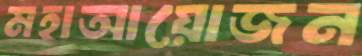
মহাআয়োজন